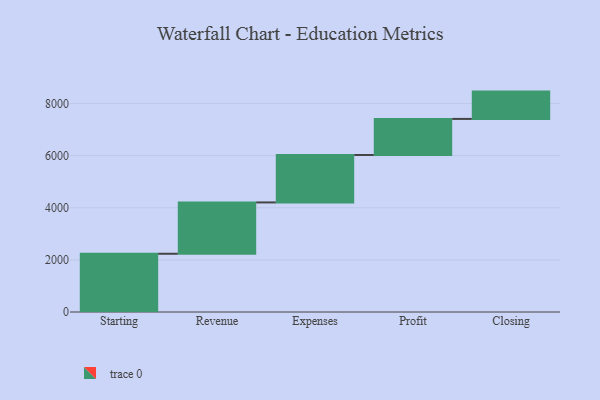
{"axis": {"x": "Step", "y": "Value"}, "legend": [""], "data": [{"x": "Starting", "y": 2235.0, "type": ""}, {"x": "Revenue", "y": 1970.0, "type": ""}, {"x": "Expenses", "y": 1821.0, "type": ""}, {"x": "Profit", "y": 1384.0, "type": ""}, {"x": "Closing", "y": 1048.0, "type": ""}]}